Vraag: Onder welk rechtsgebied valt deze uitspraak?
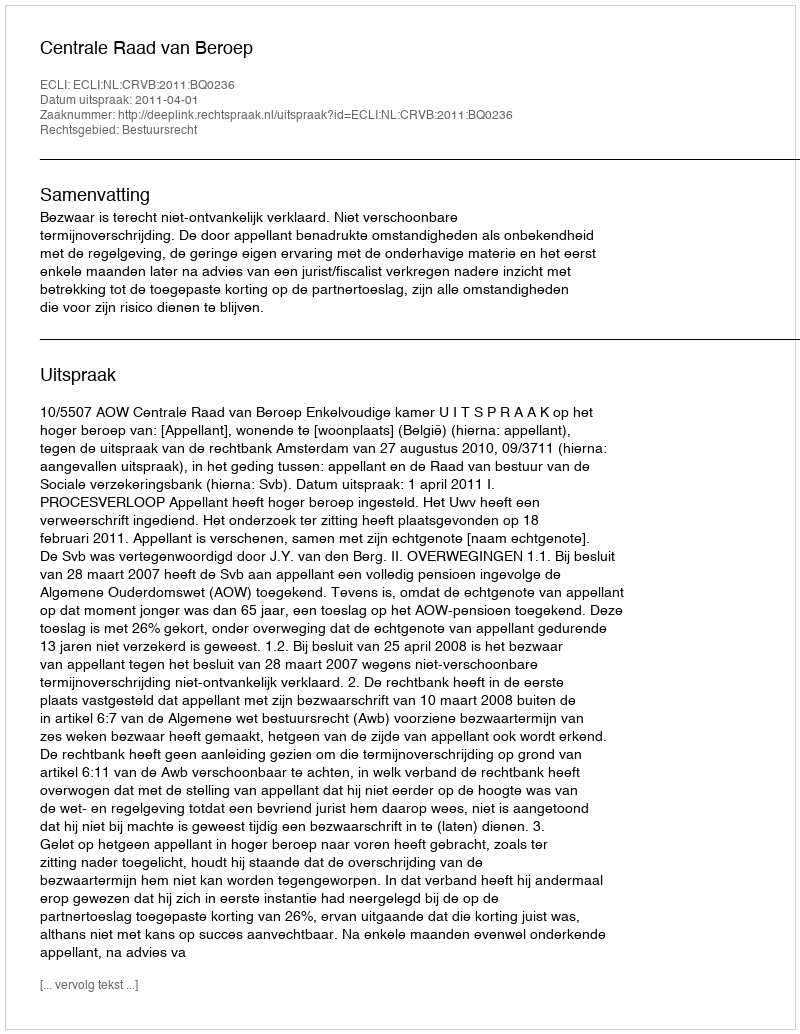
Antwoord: Bestuursrecht